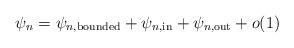
LaTeX: \begin{align*} \psi_n=\psi_{n,\textrm{bounded}}+\psi_{n,\textrm{in}}+\psi_{n,\textrm{out}}+o(1)\end{align*}